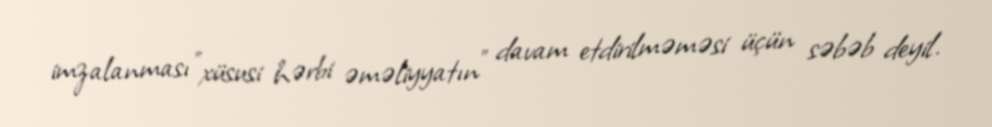
imzalanması "xüsusi hərbi əməliyyatın" davam etdirilməməsi üçün səbəb deyil.